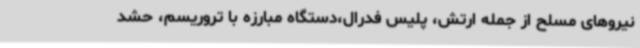
نیروهای مسلح از جمله ارتش، پلیس فدرال،دستگاه مبارزه با تروریسم، حشد